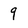
Character: 9